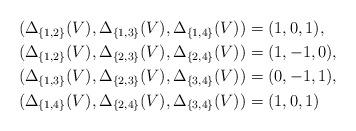
LaTeX: \begin{align*}&(\Delta_{\{1,2\}}(V) , \Delta_{\{1,3\}}(V) , \Delta_{\{1,4\}}(V)) = (1 , 0 , 1), \\&(\Delta_{\{1,2\}}(V) , \Delta_{\{2,3\}}(V) , \Delta_{\{2,4\}}(V)) = (1 , -1 , 0), \\&(\Delta_{\{1,3\}}(V) , \Delta_{\{2,3\}}(V) , \Delta_{\{3,4\}}(V)) = (0 , -1 , 1), \\&(\Delta_{\{1,4\}}(V) , \Delta_{\{2,4\}}(V) , \Delta_{\{3,4\}}(V)) = (1 , 0 , 1)\end{align*}